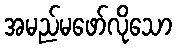
အမည်မဖော်လိုသော